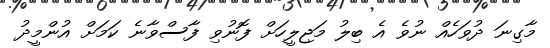
މާގިނަ ދުވަހެއް ނުވެ އެ ބިލު މަޖިލީހަށް ފޮނުވި ފާސްވާނެ ކަމަށް އުންމީދު